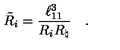
{ \tilde { R } } _ { i } = { \frac { \ell _ { 1 1 } ^ { 3 } } { R _ { i } R _ { \natural } } } \quad .